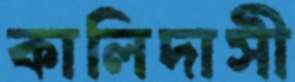
কালিদাসী